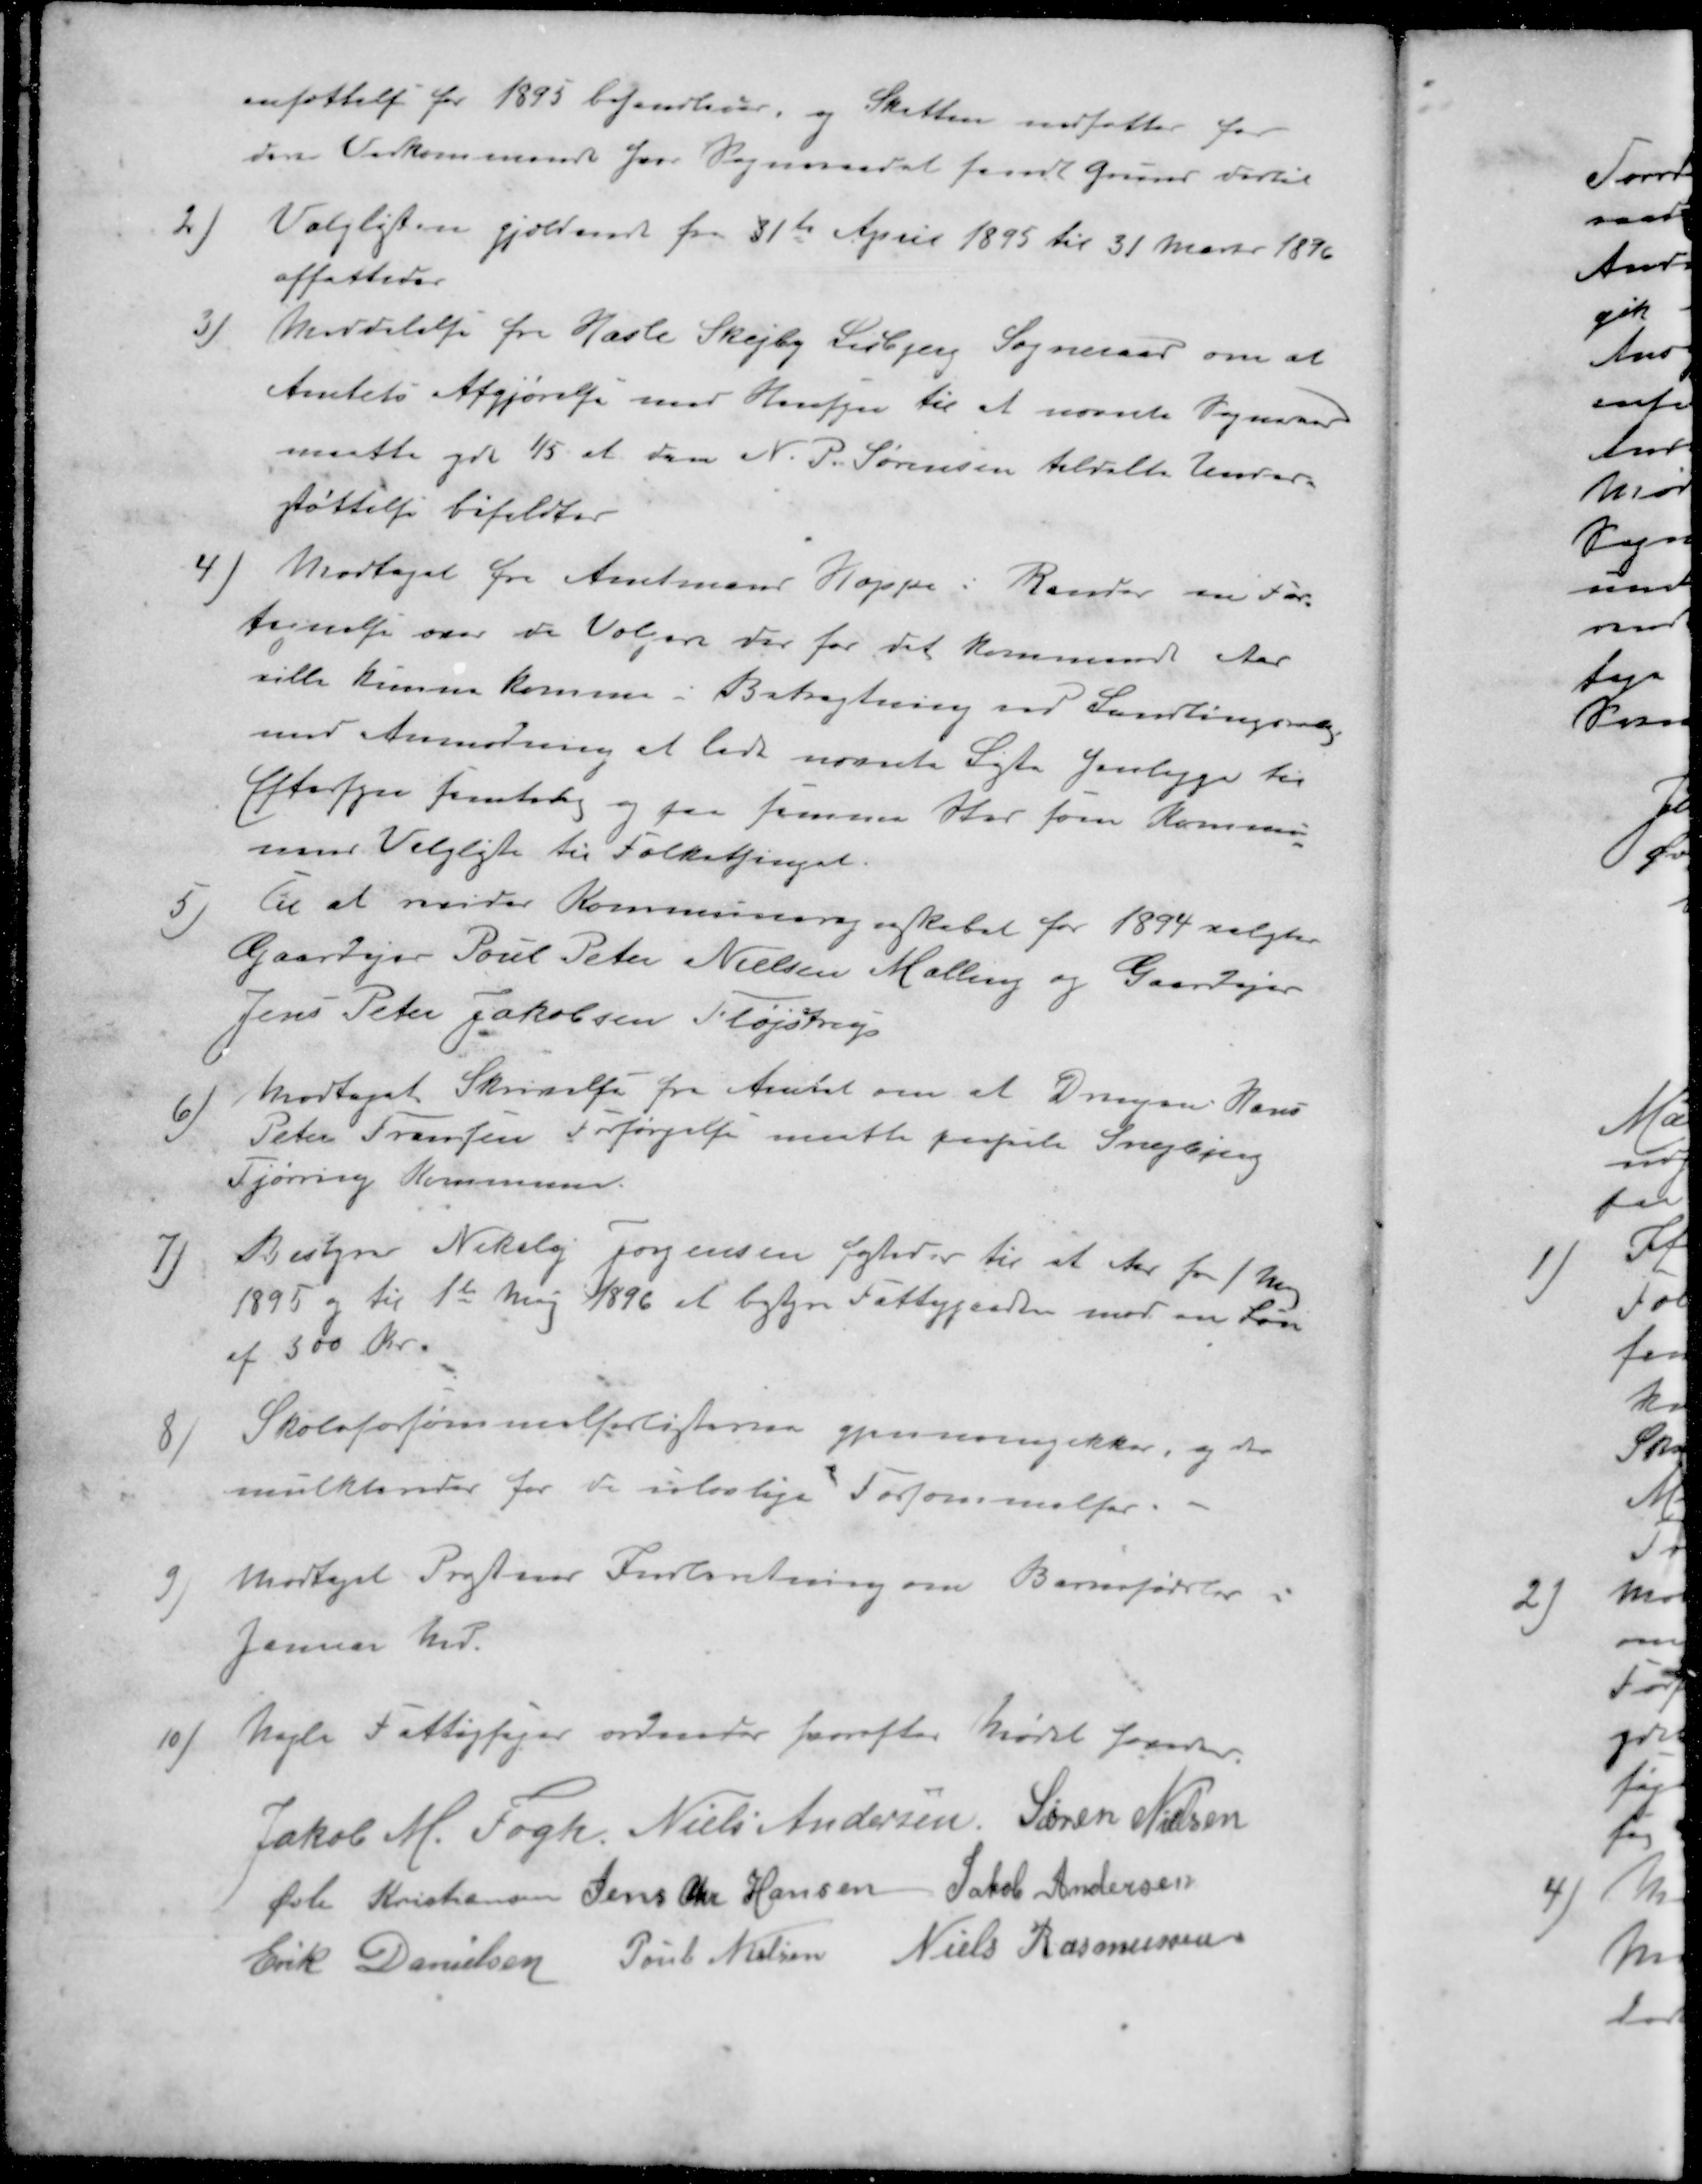
Transskription:
ansættelse for 1895 behandledes og Skatten nedsattes for
den Vedkommende for Sogneraadet fandt Grund dertil
2 ) Valglisten gjældende fra 31te April 1895 til 31 Marts 1896
affattedes
3 ) Meddelelse fra Hasle Skejby Lisbjerg Sogneraad om at
Amtets Afgjørelse med Hensyn til at nævnte Sogneraad
maatte yde 1/5 at den N. P. Sørensen tildelte Under-
støttelse bifaldtes
4) Modtaget fra Amtmand Hoppe i Randers en For-
tegnelse over de Vælgere der for det kommende Aar
ville kunne komme i Betragtning ved Landtingsvalg
md Anmodning at lade nævnte Liste henligge til
Eftersyn samtidig og paa samme Sted som Kommu-
nens Valgliste til Folketinget.
5 ) til at revider Kommuneregnskabet for 1894 valgtes
Gaardejer Poul Peter Nielsen Malling og Gaardejer
Jens Peter Jakobsen Fløjstrup
6 ) Modtaget Skrivelse fra Amtet om at Drengen Hans
Peter Fransens Forsørgelse maatte paahvile Snejbjerg
Tjørring Kommune
7 ) Bestyrer Nikolaj Jørgensen fæstedes til et Aar fra 1 Maj
1895 og til 1te Maj 1896 at bestyre Fattiggaarden mod en Løn
af 300 Kr.
8 ) Skoleforsømmelserlisterne gjennemgikkes, og der
mulkteredes for de ulovlige Forsømmelser.
9 )  Modtaget Præstens Indberetning om Barnefødsler i
Januar Md.
10) Nogle Fattigsager ordnedes hvorefter Mødet hævedes
Jakob M Fogh
Niels Andersen
Søren Nielsen
Øvli Kristiansen
Jens Chr Hansen
Jakob Andersen
Erik Danielsen
Poul Nielsen
Niels Rasmussen